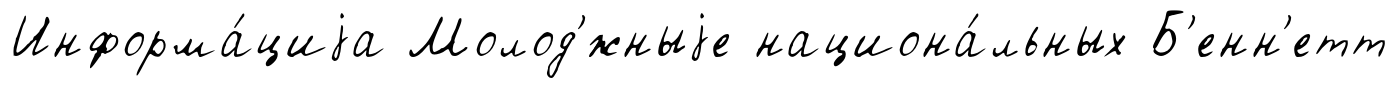
Информа́циjа Молод'́жныjе национа́льных Б'енн'етт